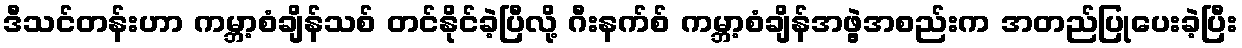
ဒီသင်တန်းဟာ ကမ္ဘာ့စံချိန်သစ် တင်နိုင်ခဲ့ပြီလို့ ဂီးနက်စ် ကမ္ဘာ့စံချိန်အဖွဲ့အစည်းက အတည်ပြုပေးခဲ့ပြီး